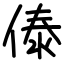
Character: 傣